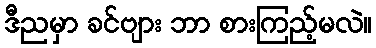
ဒီညမှာ ခင်ဗျား ဘာ စားကြည့်မလဲ။